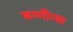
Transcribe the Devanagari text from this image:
बग्गीन्स